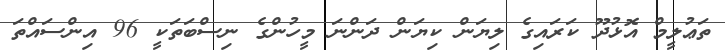
ތަޢުލީމް އޮޅުދޫ ކަރައިގެ ލިޔަން ކިޔަން ދަންނަ މީހުންގެ ނިސްބަތަކީ 96 އިންސައްތަ